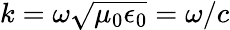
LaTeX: k=\omega\sqrt{\mu_{0}\epsilon_{0}}=\omega/c